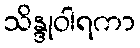
သိန္ဒုဝါရကာ